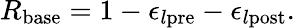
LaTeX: R_{\mathrm{base}}=1-\epsilon_{l\mathrm{pre}}-\epsilon_{l\mathrm{post}}.